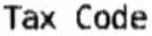
TAX CODE